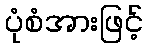
ပုံစံအားဖြင့်